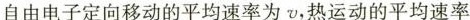
自由电子定向移动的平均速率为v，热运动的平均速率